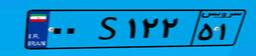
۶۲S۰۲۸۲۴